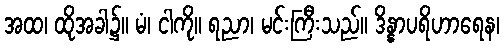
အထ၊ ထိုအခါ၌။ မံ၊ ငါကို။ ရညာ၊ မင်းကြီးသည်။ ဒိန္နာပရိဟာရေန၊